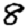
Digit: 8